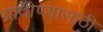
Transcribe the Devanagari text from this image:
प्रावीण्यासाठी